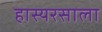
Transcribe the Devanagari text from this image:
हास्यरसाला